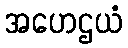
အဟေဌယံ